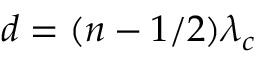
d = ( n - 1 / 2 ) \lambda _ { c }